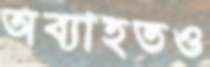
অব্যাহতও